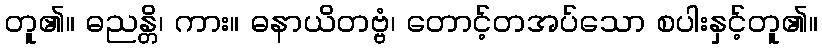
တူ၏။ ဓညန္တိ၊ ကား။ ဓနာယိတဗ္ဗံ၊ တောင့်တအပ်သော စပါးနှင့်တူ၏။